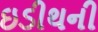
ઇડીથની